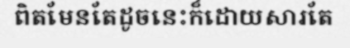
ពិតមែនតែដូចនេះក៏ដោយសារតែ